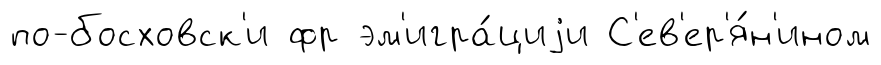
по-босховск'и фр эм'игра́циjи С'ев'ер'я́н'ином